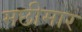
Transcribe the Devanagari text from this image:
मछीमार